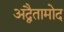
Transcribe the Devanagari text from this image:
अद्वैतामोद